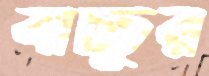
বাচ্চুর